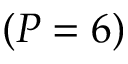
( P = 6 )